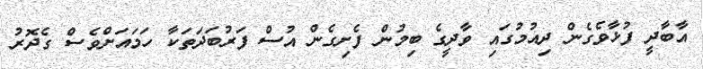
އާބާދީ ފުޅާވެގެން ދިއުމުގައި ވާދީގެ ބިމުން ފެށިގެން އުސް ފަރުބަދަތަކާ ހަމައަށްވެސް ގެދޮރު